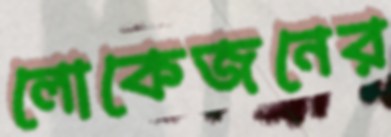
লোকেজনের